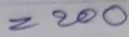
= 200